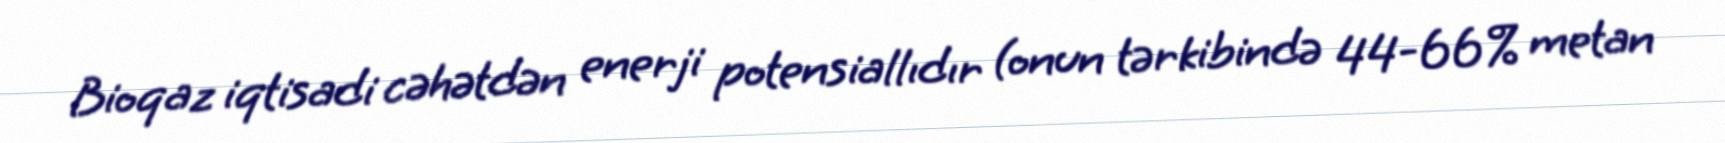
Bioqaz iqtisadi cəhətdən enerji potensiallıdır (onun tərkibində 44-66% metan